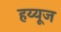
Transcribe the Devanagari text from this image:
हय्यूज